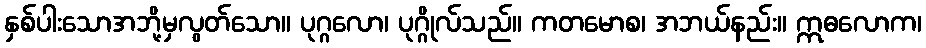
နှစ်ပါးသောအဘို့မှလွတ်သော။ ပုဂ္ဂလော၊ ပုဂ္ဂိုလ်သည်။ ကတမောစ၊ အဘယ်နည်း။ ဣဓလောက၊